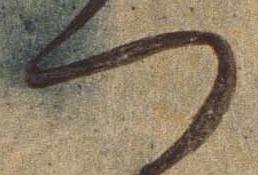
つ